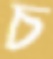
চ